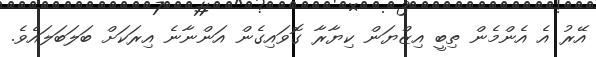
އޭރު އެ އެންމެން ތިބީ އިޒްޔަން ކިޔާރާ ގޮވައިގެން އަންނާނެ އިރަކަށް ބަލަބަލައެވެ.